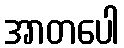
အာတပေါ